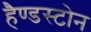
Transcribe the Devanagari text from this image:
हैण्डस्टोन